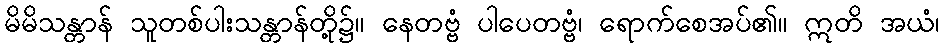
မိမိသန္တာန် သူတစ်ပါးသန္တာန်တို့၌။ နေတဗ္ဗံ ပါပေတဗ္ဗံ၊ ရောက်စေအပ်၏။ ဣတိ အယံ၊